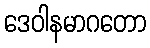
ဒေဝါနမာဂတော